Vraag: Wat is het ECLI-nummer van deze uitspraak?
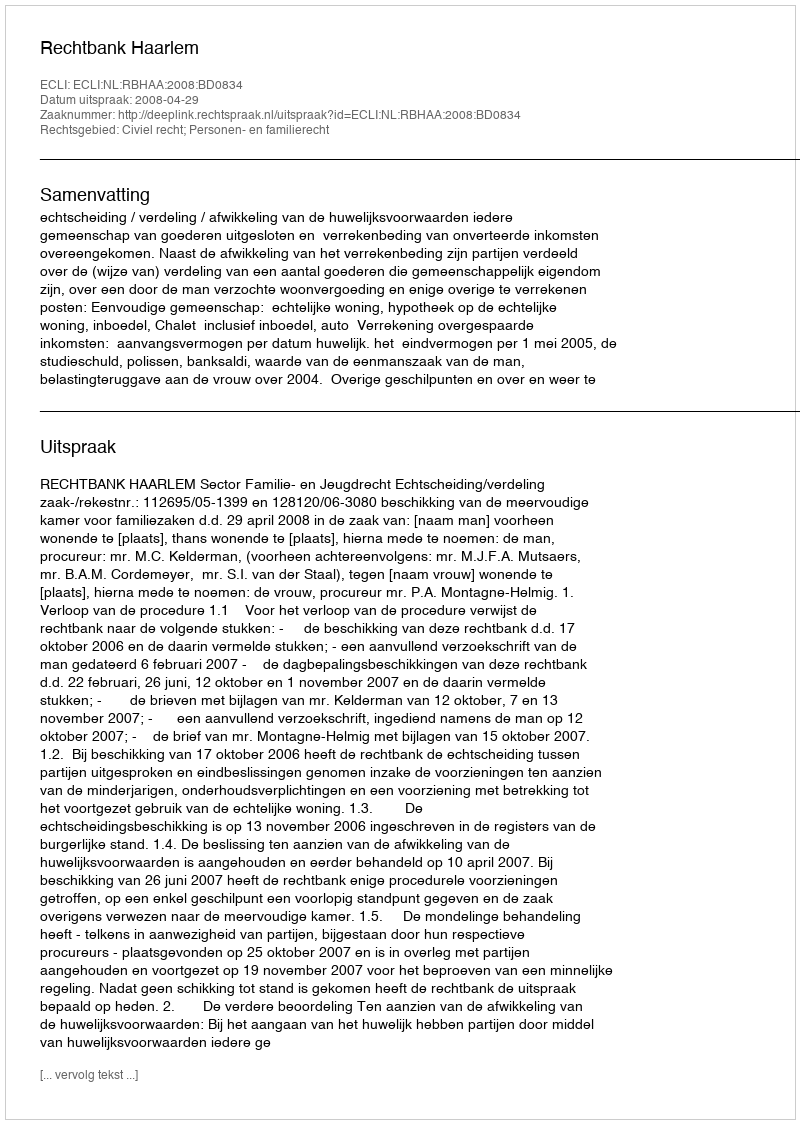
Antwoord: ECLI:NL:RBHAA:2008:BD0834